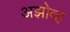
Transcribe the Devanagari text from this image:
अझोव्ह